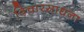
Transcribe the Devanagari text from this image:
विचारसाधना